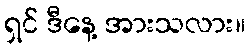
ရှင် ဒီနေ့ အားသလား။